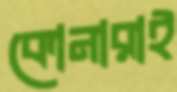
কোনারাই